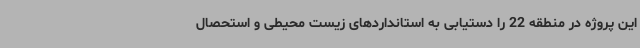
این پروژه در منطقه 22 را دستیابی به استانداردهای زیست محیطی و استحصال